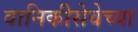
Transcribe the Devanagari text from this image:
वानिकीसेवेच्या